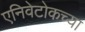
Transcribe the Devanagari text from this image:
एनिवेटोकच्या